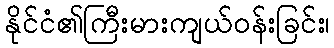
နိုင်ငံ၏ကြီးမားကျယ်ဝန်းခြင်း၊